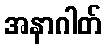
အနာဂါတ်